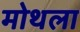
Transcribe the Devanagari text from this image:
मोथला